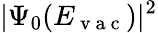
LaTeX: |\Psi_{0}(E_{\mathrm{~v~a~c~}})|^{2}